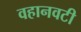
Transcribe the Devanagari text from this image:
वहानवटी